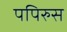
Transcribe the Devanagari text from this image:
पपिरुस